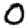
Digit: 0